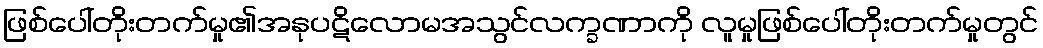
ဖြစ်ပေါ်တိုးတက်မှု၏အနုပဋိလောမအသွင်လက္ခဏာကို လူမှုဖြစ်ပေါ်တိုးတက်မှုတွင်